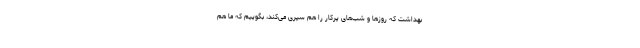
بهداشت که روزها و شب‌های پرکار را هم سپری می‌کند، بگوییم که ما هم